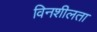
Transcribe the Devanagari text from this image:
विनशीलता